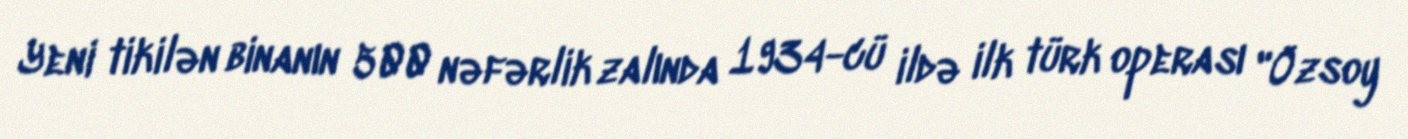
Yeni tikilən binanın 500 nəfərlik zalında 1934-cü ildə ilk türk operası "Özsoy